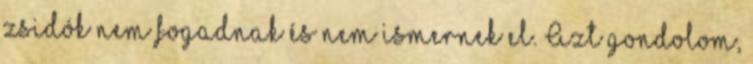
zsidók nem fogadnak és nem ismernek el. Azt gondolom,